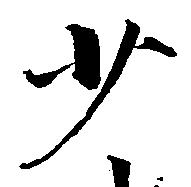
少